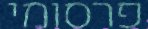
פרסומי